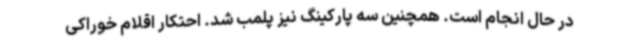
در حال انجام است. همچنین سه پارکینگ نیز پلمب شد. احتکار اقلام خوراکی